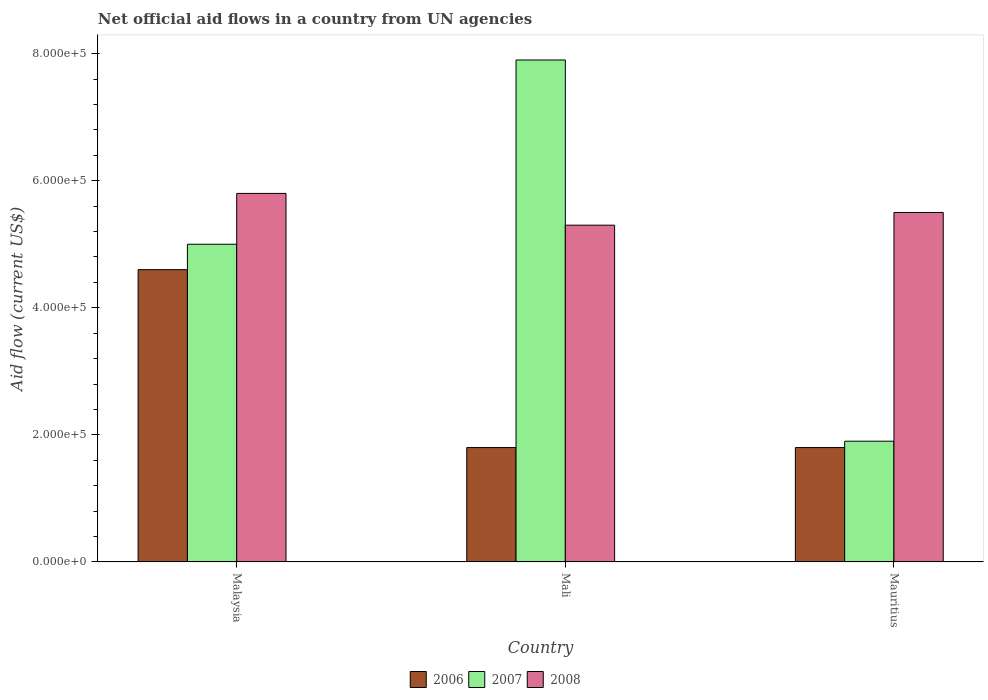
| Country | 2006 | 2007 | 2008 |
 | --- | --- | --- | --- |
 | Malaysia | 4.6e+05 | 5e+05 | 5.8e+05 |
 | Mali | 1.8e+05 | 7.9e+05 | 5.3e+05 |
 | Mauritius | 1.8e+05 | 1.9e+05 | 5.5e+05 |